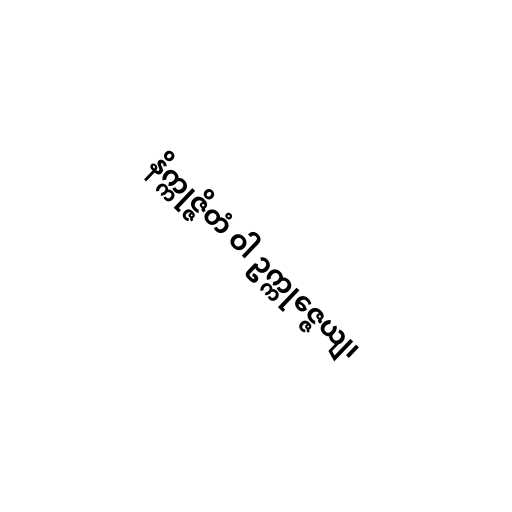
နိက္ကုဇ္ဇိတံ ဝါ ဥက္ကုဇ္ဇေယျ၊